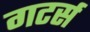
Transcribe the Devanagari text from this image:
गटर्स